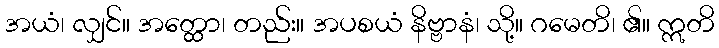
အယံ၊ လျှင်။ အတ္ထော၊ တည်း။ အပစယံ နိဗ္ဗာနံ၊ သို့။ ဂမေတိ၊ ၏။ ဣတိ